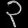
Digit: ၃